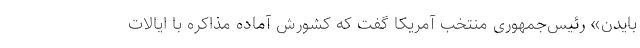
بایدن» رئیس‌جمهوری منتخب آمریکا گفت که کشورش آماده مذاکره با ایالات